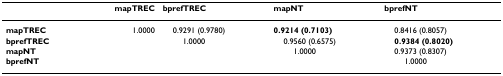
<table><thead><tr><td></td><td><b>mapTREC</b></td><td><b>bprefTREC</b></td><td><b>mapNT</b></td><td><b>bprefNT</b></td></tr></thead><tbody><tr><td><b>mapTREC</b></td><td>1.0000</td><td> 0.9291 (0.9780)</td><td><b>0.9214 (0.7103)</b></td><td> 0.8416 (0.8057)</td></tr><tr><td><b>bprefTREC</b></td><td></td><td>1.0000</td><td> 0.9560 (0.6575)</td><td> <b>0.9384 (0.8020)</b></td></tr><tr><td><b>mapNT</b></td><td></td><td></td><td>1.0000</td><td> 0.9373 (0.8307)</td></tr><tr><td><b>bprefNT</b></td><td></td><td></td><td></td><td>1.0000</td></tr></tbody></table>